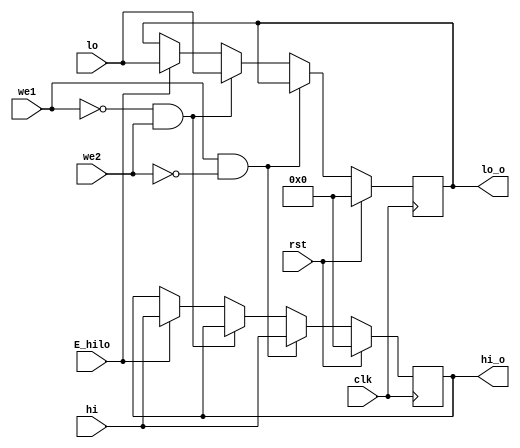
`timescale 1ns / 1ps
//////////////////////////////////////////////////////////////////////////////////
// Company: 
// Engineer: 
// 
// Design Name: 
// Module Name: hilo_reg
// Project Name: 
// Target Devices: 
// Tool Versions: 
// Description: 
// 
// Dependencies: 
// 
// Revision:
// Revision 0.01 - File Created
// Additional Comments:
// 
//////////////////////////////////////////////////////////////////////////////////


module hilo_reg(
    input wire clk,rst,E_hilo,we1,we2,
	input wire [31:0] hi,lo,
	output reg[31:0] hi_o,lo_o
    );
    
    always@(negedge clk)begin
        if(rst) begin
            hi_o<=0;
            lo_o<=0;
         end else if(we1&~we2)begin
            hi_o<=hi;
         end else if(~we1&we2)begin
            lo_o<=lo;
         end else if(E_hilo)begin
            lo_o<=lo;
            hi_o<=hi;
         end
    end
endmodule